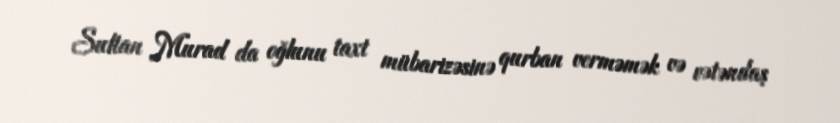
Sultan Murad da oğlunu taxt mübarizəsinə qurban verməmək və vətəndaş